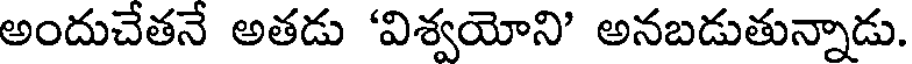
అందుచేతనే అతడు 'విశ్వయోని' అనబడుతున్నాడు.